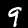
Label: 9